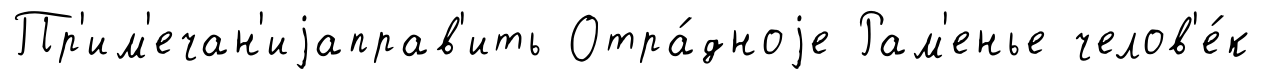
Пр'им'ечан'иjаправ'ить Отра́дноjе Рам'енье челов'е́к